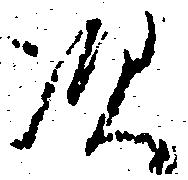
次